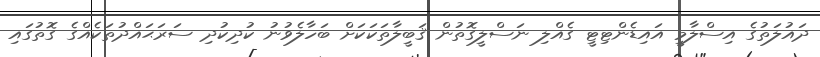
ދައުލަތުގެ އިސްލާމީ އައިޑެންޓިޓީ ގެއްލި ނަސްލީގޮތުން ޤަބީލާތަކަކަށް ބަހާލެވުނު ކުދިކުދި ސަރަޙައްދުތަކެއްގެ ގޮތުގައި